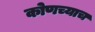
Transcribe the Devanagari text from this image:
कोणच्याच